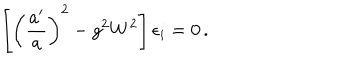
LaTeX: \left[ \left( \frac { a ^ { \prime } } { a } \right) ^ { 2 } - g ^ { 2 } W ^ { 2 } \right] \epsilon _ { i } = 0 \, .